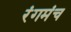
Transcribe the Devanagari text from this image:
रंगमंच